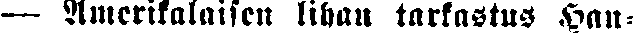
— Amerikalaisen lihan tarkastus Han-